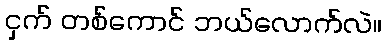
ငှက် တစ်ကောင် ဘယ်လောက်လဲ။